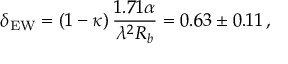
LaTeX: \delta _ { \mathrm { E W } } = ( 1 - \kappa ) \, \frac { 1 . 7 1 \alpha } { \lambda ^ { 2 } R _ { b } } = 0 . 6 3 \pm 0 . 1 1 \, ,